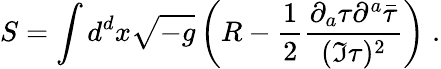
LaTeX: S=\int d^{d}x\sqrt{-g}\left(R-\frac{1}{2}\frac{\partial_{a}\tau\partial^{a}\bar{\tau}}{(\Im\tau)^{2}}\right)\; .